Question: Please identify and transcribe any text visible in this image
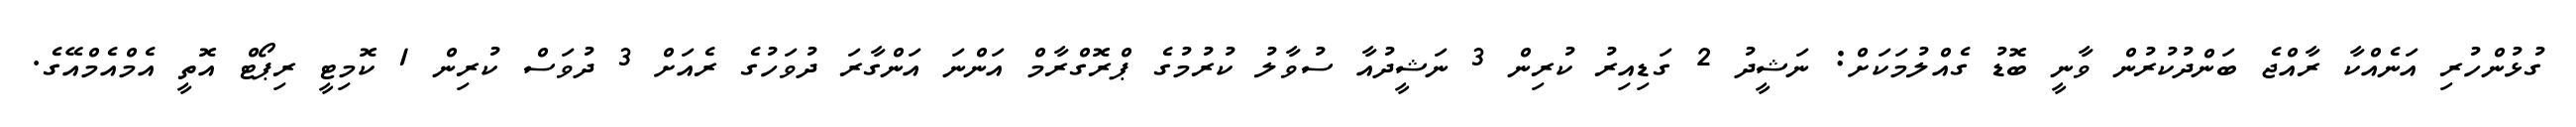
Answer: ގުޅުންހުރި އަނެއްކާ ރާއްޖެ ބަންދުކުރުން ވާނީ ބޮޑު ގެއްލުމަކަށް: ނަޝީދު 2 ގަޑިއިރު ކުރިން 3 ނަޝީދުއާ ސުވާލު ކުރުމުގެ ޕްރޮގްރާމް އަންނަ އަންގާރަ ދުވަހުގެ ރެއަށް 3 ދުވަސް ކުރިން 1 ކޮމިޓީ ރިޕޯޓް އޮތީ އެމްއެމްއޭގެ.